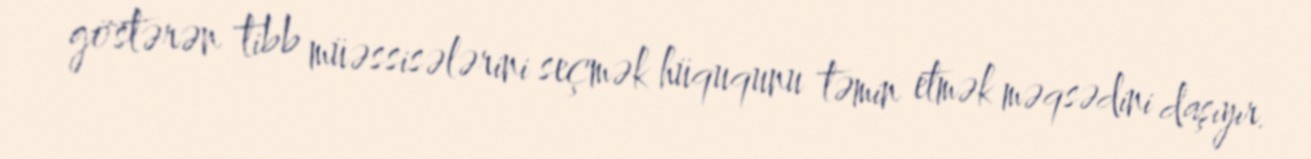
göstərən tibb müəssisələrini seçmək hüququnu təmin etmək məqsədini daşıyır.